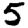
Digit: 5